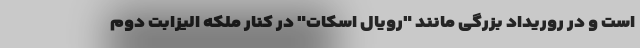
است و در روریداد بزرگی مانند "رویال اسکات" در کنار ملکه الیزابت دوم